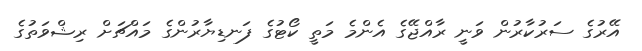
އޭރުގެ ސަރުކާރުން ވަނީ ރާއްޖޭގެ އެންމެ މަތީ ކޯޓުގެ ފަނޑިޔާރުންގެ މައްޗަށް ރިޝްވަތުގެ